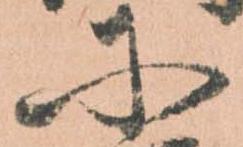
に